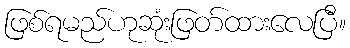
ဖြစ်ရမည်ဟုဆုံးဖြတ်ထားလေပြီ။